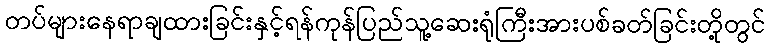
တပ်များနေရာချထားခြင်းနှင့်ရန်ကုန်ပြည်သူ့ဆေးရုံကြီးအားပစ်ခတ်ခြင်းတို့တွင်